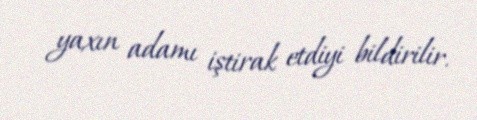
yaxın adamı iştirak etdiyi bildirilir.